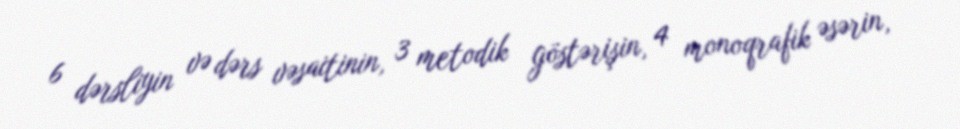
6 dərsliyin və dərs vəsaitinin, 3 metodik göstərişin, 4 monoqrafik əsərin,